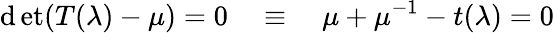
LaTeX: \operatorname*{\mathrm{d}et}(T(\lambda)-\mu)=0\quad\equiv\quad\mu+\mu^{-1}-t(\lambda)=0